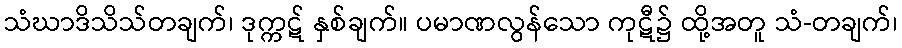
သံဃာဒိသိသ်တချက်၊ ဒုက္ကဋ် နှစ်ချက်။ ပမာဏလွန်သော ကုဋီ၌ ထို့အတူ သံ-တချက်၊